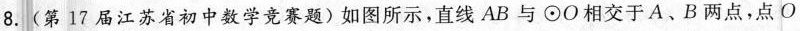
8.(第17届江苏省初中数学竞赛题)如图所示，直线AB与⊙O相交于A、B两点，点O